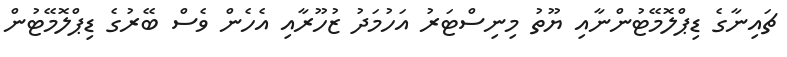
ޗައިނާގެ ޑިޕްލޮމޭޓުންނާއި ޔޫތު މިނިސްޓަރު އަހުމަދު ޒުހޫރާއި އެހެން ވެސް ބޭރުގެ ޑިޕްލޮމޭޓުން